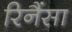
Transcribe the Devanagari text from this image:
रिनैंसा